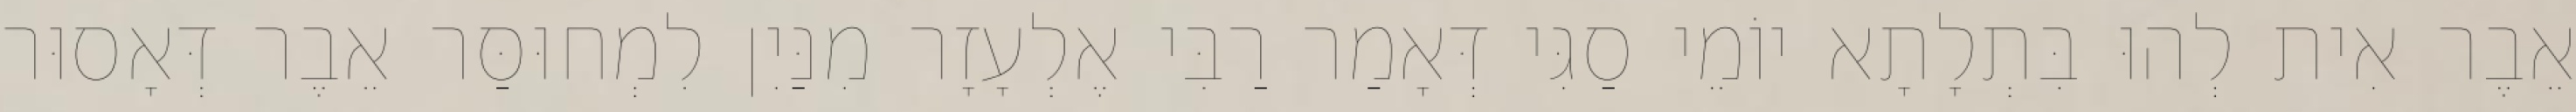
אֵבֶר אִית לְהוּ בִּתְלָתָא יוֹמֵי סַגִּי דְּאָמַר רַבִּי אֶלְעָזָר מִנַּיִן לִמְחוּסַּר אֵבֶר דְּאָסוּר